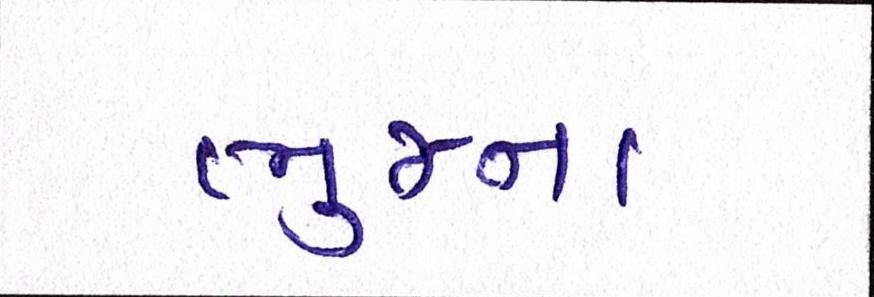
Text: ભુજના